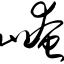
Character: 崦